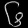
Digit: ၆